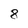
Character: 8